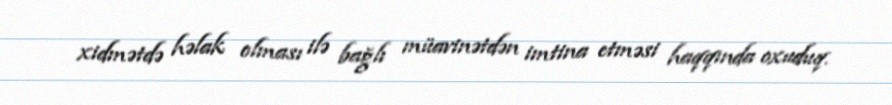
xidmətdə həlak olması ilə bağlı müavinətdən imtina etməsi haqqında oxuduq.